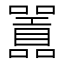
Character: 𭌪